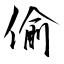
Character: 偷